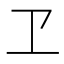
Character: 𠀄